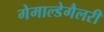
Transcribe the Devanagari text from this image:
गेमाल्डेगैलरी